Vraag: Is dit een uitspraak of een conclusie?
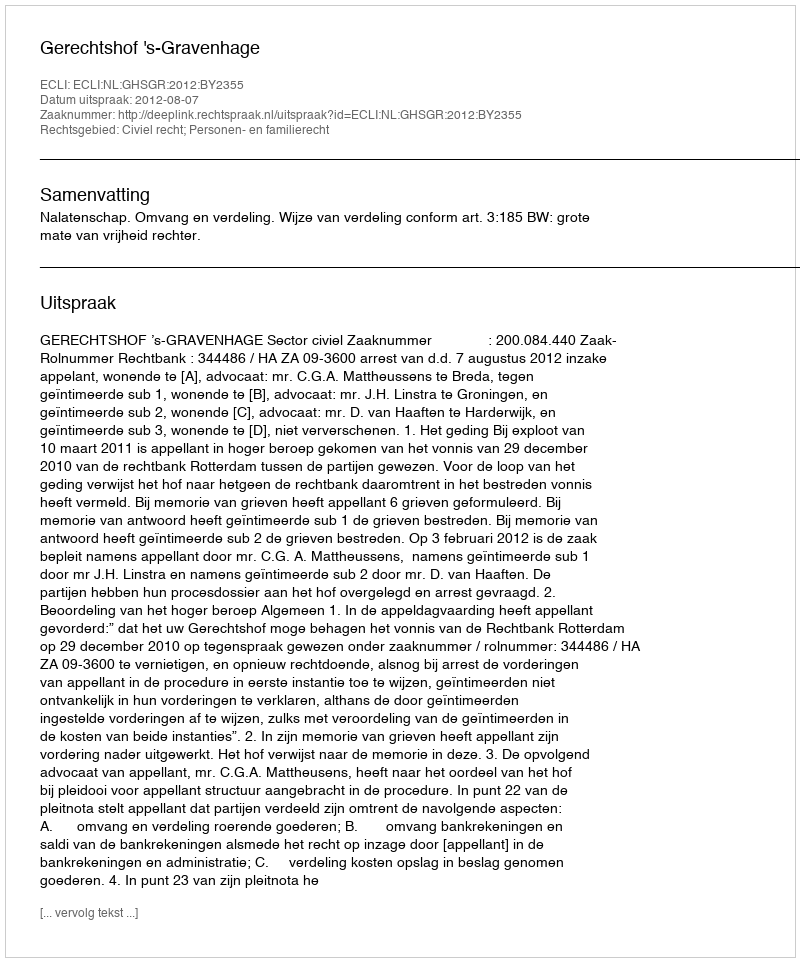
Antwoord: Uitspraak